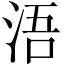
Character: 浯